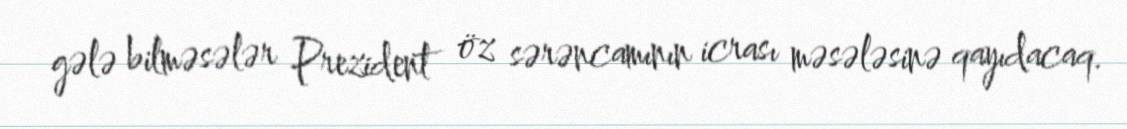
gələ bilməsələr Prezident öz sərəncamının icrası məsələsinə qayıdacaq.